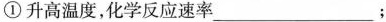
①升高温度，化学反应速率_____；